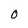
Character: O